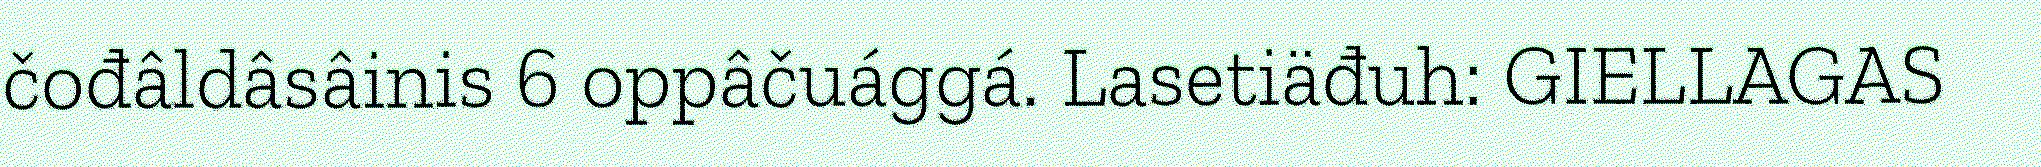
čođâldâsâinis 6 oppâčuággá. Lasetiäđuh: GIELLAGAS